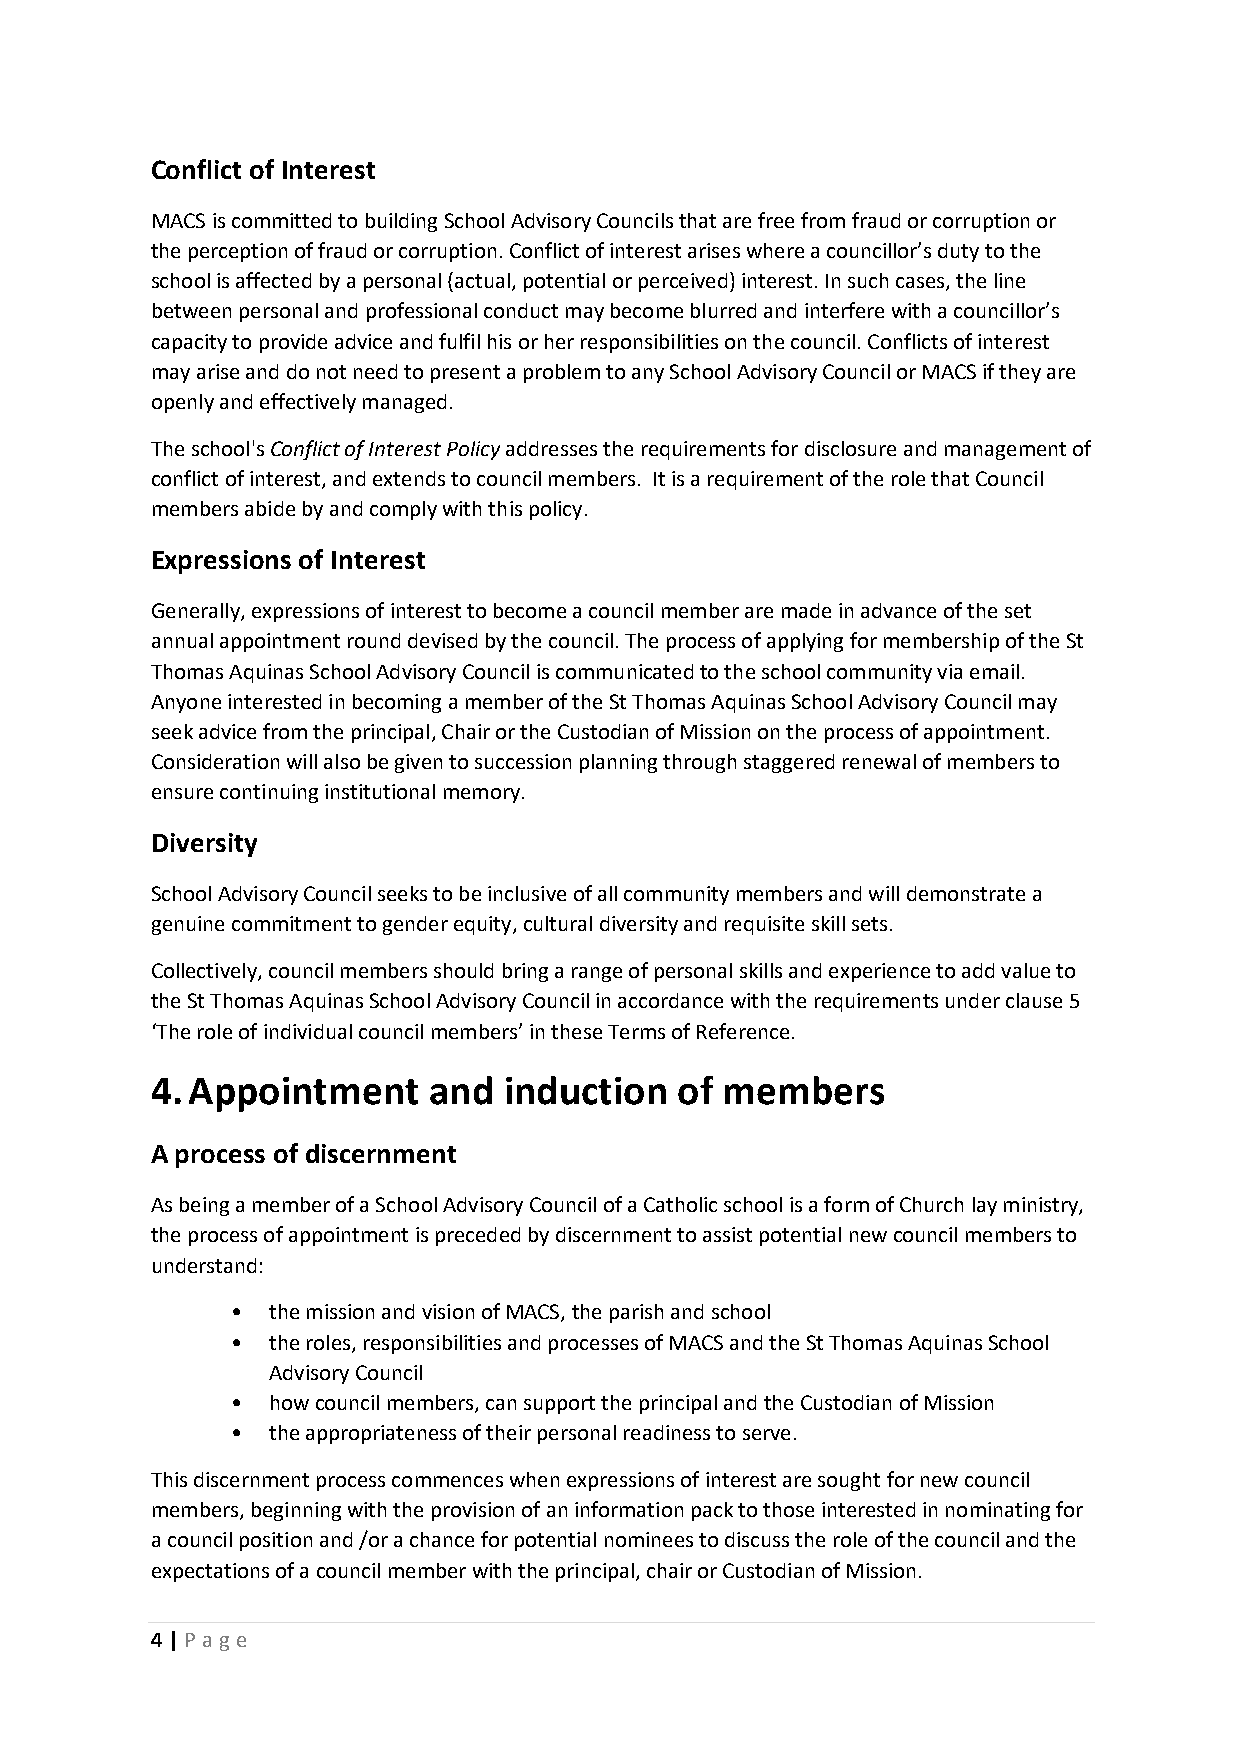
Conflict of Interest
 MACS is committed to building School Advisory Councils that are free from fraud or corruption or
 the perception of fraud or corruption. Conflict of interest arises where a councillor’s duty to the
 school is affected by a personal (actual, potential or perceived) interest. In such cases, the line
 between personal and professional conduct may become blurred and interfere with a councillor’s
 capacity to provide advice and fulfil his or her responsibilities on the council. Conflicts of interest
 may arise and do not need to present a problem to any School Advisory Council or MACS if they are
 openly and effectively managed.
 The school's Conflict of Interest Policy addresses the requirements for disclosure and management of
 conflict of interest, and extends to council members. It is a requirement of the role that Council
 members abide by and comply with this policy.
 Expressions of Interest
 Generally, expressions of interest to become a council member are made in advance of the set
 annual appointment round devised by the council. The process of applying for membership of the St
 Thomas Aquinas School Advisory Council is communicated to the school community via email.
 Anyone interested in becoming a member of the St Thomas Aquinas School Advisory Council may
 seek advice from the principal, Chair or the Custodian of Mission on the process of appointment.
 Consideration will also be given to succession planning through staggered renewal of members to
 ensure continuing institutional memory.
 Diversity
 School Advisory Council seeks to be inclusive of all community members and will demonstrate a
 genuine commitment to gender equity, cultural diversity and requisite skill sets.
 Collectively, council members should bring a range of personal skills and experience to add value to
 the St Thomas Aquinas School Advisory Council in accordance with the requirements under clause 5
 ‘The role of individual council members’ in these Terms of Reference.
 4. Appointment    and  induction   of members
 A process of discernment
 As being a member of a School Advisory Council of a Catholic school is a form of Church lay ministry,
 the process of appointment is preceded by discernment to assist potential new council members to
 understand:
 •  the mission and vision of MACS, the parish and school
 •  the roles, responsibilities and processes of MACS and the St Thomas Aquinas School
 Advisory Council
 •  how council members, can support the principal and the Custodian of Mission
 •  the appropriateness of their personal readiness to serve.
 This discernment process commences when expressions of interest are sought for new council
 members, beginning with the provision of an information pack to those interested in nominating for
 a council position and /or a chance for potential nominees to discuss the role of the council and the
 expectations of a council member with the principal, chair or Custodian of Mission.
 4 | Page